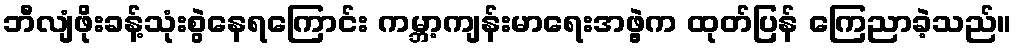
ဘီလျံဖိုးခန့်သုံးစွဲနေရကြောင်း ကမ္ဘာ့ကျန်းမာရေးအဖွဲ့က ထုတ်ပြန် ကြေညာခဲ့သည်။